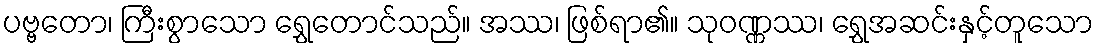
ပဗ္ဗတော၊ ကြီးစွာသော ရွှေတောင်သည်။ အဿ၊ ဖြစ်ရာ၏။ သုဝဏ္ဏဿ၊ ရွှေအဆင်းနှင့်တူသော